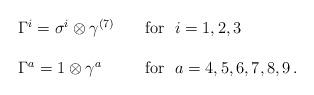
LaTeX: \begin{align*}\begin{array}{ll}\Gamma^{i}=\sigma^{i}\otimes\gamma^{(7)}&~~~\mbox{for~}~i=1,2,3\\{}&{}\\\Gamma^{a}=1\otimes\gamma^{a}&~~~\mbox{for~}~a=4,5,6,7,8,9\,.\end{array}\end{align*}